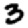
Digit: 3